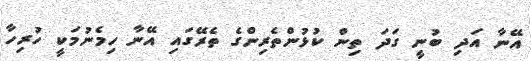
އޭނާ އަދި ބުނީ ގަދަ ތިން ކުޅުންތެރިންގެ ތެރޭގައި އޭނާ ހިމެނުމަކީ ހުރިހާ